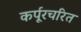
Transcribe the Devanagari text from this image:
कर्पूरचरित